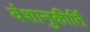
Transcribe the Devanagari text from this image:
वंशानुकीर्ति